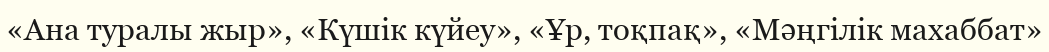
«Ана туралы жыр», «Күшік күйеу», «Ұр, тоқпақ», «Мәңгілік махаббат»